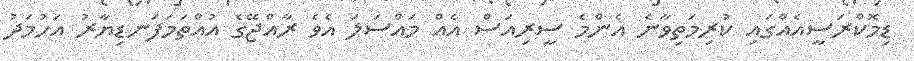
ޑިމޮކްރަސީއެއްގައި ކުރިމަތިވާނެ އެންމެ ސީރިއަސް އެއް މައްސަލަ އެވެ ރާއްޖޭގެ އުއްތަމަފަނޑިޔާރު އަހުމަދު